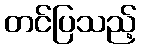
တင်ပြသည့်